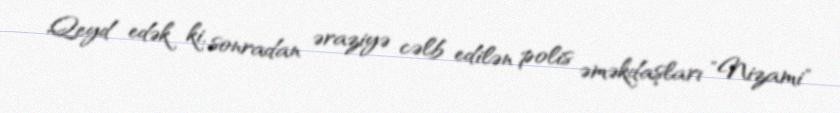
Qeyd edək ki, sonradan əraziyə cəlb edilən polis əməkdaşları "Nizami"